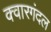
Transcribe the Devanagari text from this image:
क्वारगंदल